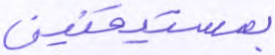
بمستيقنين